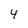
Character: 4